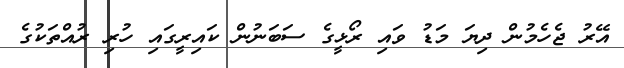
އޭރު ޖެހެމުން ދިޔަ މަޑު ވައި ރޯޅީގެ ސަބަނުން ކައިރީގައި ހުރި ރުއްތަކުގެ